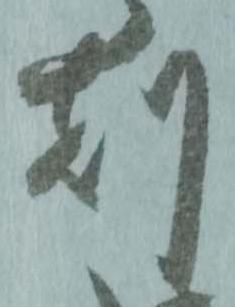
刻